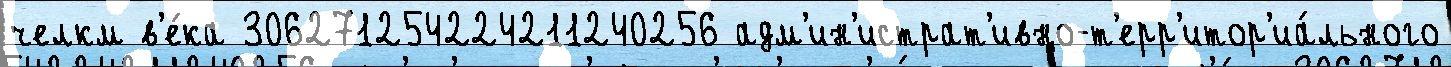
челкм в'е́ка 306271254224211240256 адм'ин'истрат'ивно-т'ерр'итор'иа́льного